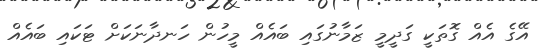
އޭގެ އެއް ގޮތަކީ ގަދީމީ ޒަމާނުގައި ބައެއް މީހުން ހަނދާނަކަށް ޓަކައި ބައެއް